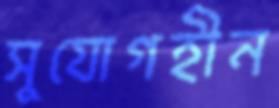
সুযোগহীন